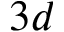
3 d